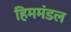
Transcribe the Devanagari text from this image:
हिममंडल